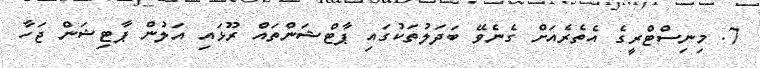
7. މިނިސްޓްރީގެ އެތެރެއަށް ގެނެވޭ ބަދަލުތަކުގައި ޕާޓްޝަންތައް ރޫޅައި އަލުން ޕާޓިޝަން ޖަހާ